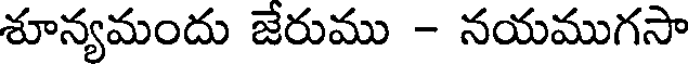
శూన్యమందు జేరుము - నయముగసా